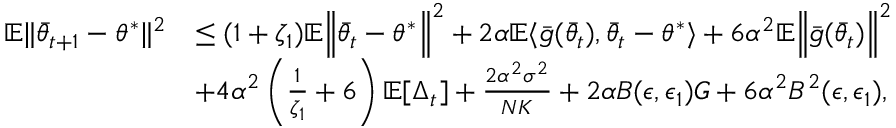
\begin{array} { r l } { \mathbb { E } \lVert \bar { \theta } _ { t + 1 } - \theta ^ { * } \rVert ^ { 2 } } & { \le ( 1 + \zeta _ { 1 } ) \mathbb { E } \Big \lVert \bar { \theta } _ { t } - \theta ^ { * } \Big \rVert ^ { 2 } + 2 \alpha \mathbb { E } \langle \bar { g } ( \bar { \theta } _ { t } ) , \bar { \theta } _ { t } - \theta ^ { * } \rangle + 6 \alpha ^ { 2 } \mathbb { E } \Big \lVert \bar { g } ( \bar { \theta } _ { t } ) \Big \rVert ^ { 2 } } \\ & { + 4 \alpha ^ { 2 } \left( \frac { 1 } { \zeta _ { 1 } } + 6 \right) \mathbb { E } [ \Delta _ { t } ] + \frac { 2 \alpha ^ { 2 } \sigma ^ { 2 } } { N K } + 2 \alpha B ( \epsilon , \epsilon _ { 1 } ) G + 6 \alpha ^ { 2 } B ^ { 2 } ( \epsilon , \epsilon _ { 1 } ) , } \end{array}